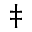
^ { \ddagger }